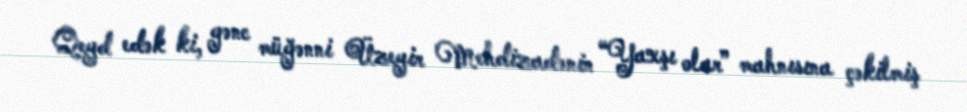
Qeyd edək ki, gənc müğənni Üzeyir Mehdizadənin “Yaxşı olar” mahnısına çəkilmiş